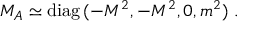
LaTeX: { \cal M } _ { A } \simeq \mathrm { d i a g } \, ( - M ^ { 2 } , - M ^ { 2 } , 0 , m ^ { 2 } ) \ .